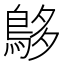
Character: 𪀓